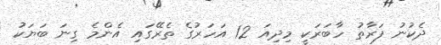
ދެކުނު ފަރާތު ހާބަރަކީ މިދިއަ 12 އަހަރުގެ ތެރޭގައި އެންމެ ގިނަ ބަޔަކު